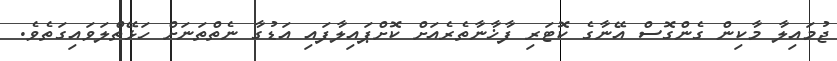
ޖުމައިލާ މާކިން ގެންގޮސް އޭނާގެ ކޮޓަރި ފާޚާނާތެރެއަށް ކޮށްޕައިލާފައި އަޑުގާ ނެތްތަނަށް ހަޅޭތްލަވައިގަތެވެ.